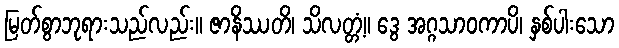
မြတ်စွာဘုရားသည်လည်း။ ဇာနိဿတိ၊ သိလတ္တံ့။ ဒွေ အဂ္ဂသာဝကာပိ၊ နှစ်ပါးသော